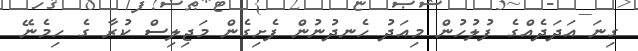
ގިނަ އަދަދެއްގެ ފުލުހުން މިއަދު ހެނދުނުން ފެށިގެން މަޖިލިސް ކުރާ ގެ ހިމެނޭ